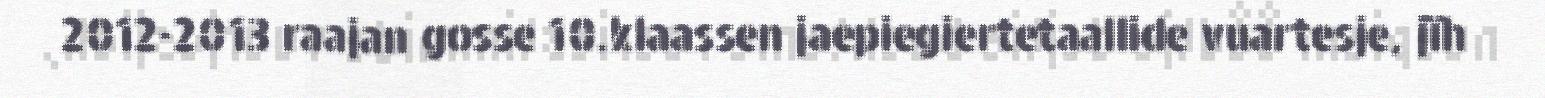
2012-2013 raajan gosse 10.klaassen jaepiegiertetaallide vuartesje, jïh